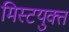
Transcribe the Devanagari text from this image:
मिस्टयुक्त